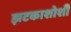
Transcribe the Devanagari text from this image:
झटकाशोशी